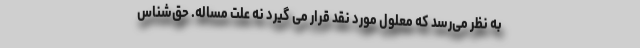
به نظر می‌رسد که معلول مورد نقد قرار می گیرد نه علت مساله. حق‌شناس